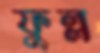
ফুল্ল